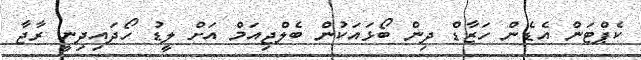
ކެޕްޓަން އެޑެން ހަޒާޑް ދިން ބޯޅައަކުން ބެލްޖިއަމް އަށް ލީޑު ހޯދައިދިނީ ރާޖާ